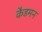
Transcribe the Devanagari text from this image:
कैडमन